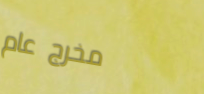
مخرج عام